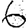
Digit: 6